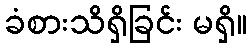
ခံစားသိရှိခြင်း မရှိ။